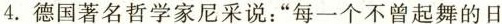
4.德国著名哲学家尼采说：”每一个不曾起舞的日